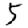
Digit: 5